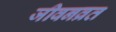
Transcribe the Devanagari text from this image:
जीवनव्रत